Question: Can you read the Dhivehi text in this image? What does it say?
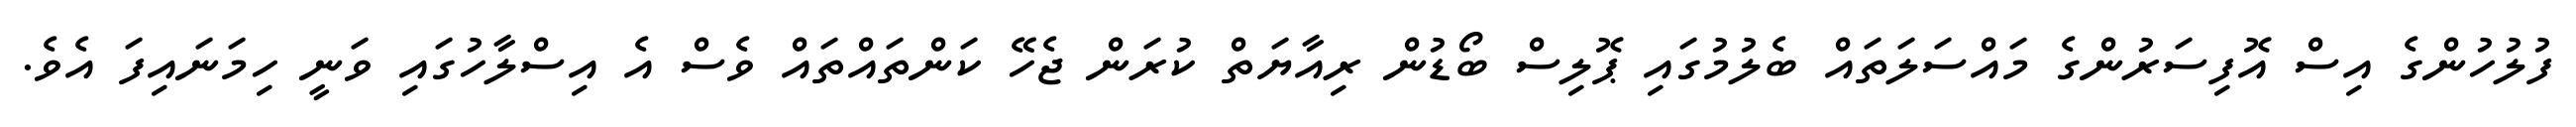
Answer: ފުލުހުންގެ އިސް އޮފިސަރުންގެ މައްސަލަތައް ބެލުމުގައި ޕޮލިސް ބޯޑުން ރިއާޔަތް ކުރަން ޖެހޭ ކަންތައްތައް ވެސް އެ އިސްލާހުގައި ވަނީ ހިމަނައިފަ އެވެ.